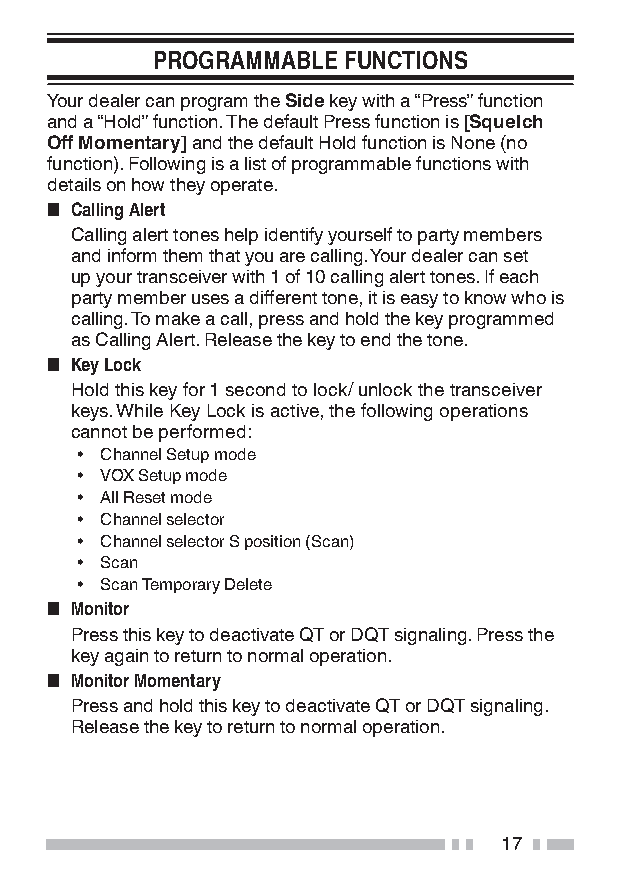
PROGRAMMABLE FUNCTIONS
 Your dealer can program the Side key with a “Press” function
 and a “Hold” function. The default Press function is [Squelch
 Off Momentary] and the default Hold function is None (no
 function). Following is a list of programmable functions with
 details on how they operate.
 ■ Calling Alert
 Calling alert tones help identify yourself to party members
 and inform them that you are calling. Your dealer can set
 up your transceiver with 1 of 10 calling alert tones. If each
 party member uses a different tone, it is easy to know who is
 calling. To make a call, press and hold the key programmed
 as Calling Alert. Release the key to end the tone.
 ■ Key Lock
 Hold this key for 1 second to lock/ unlock the transceiver
 keys. While Key Lock is active, the following operations
 cannot be performed:
 • Channel Setup mode
 • VOX Setup mode
 • All Reset mode
 • Channel selector
 • Channel selector S position (Scan)
 • Scan
 • Scan Temporary Delete
 ■ Monitor
 Press this key to deactivate QT or DQT signaling. Press the
 key again to return to normal operation.
 ■ Monitor Momentary
 Press and hold this key to deactivate QT or DQT signaling.
 Release the key to return to normal operation.
 17